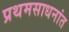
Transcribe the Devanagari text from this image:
प्रथमसाधनांत